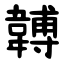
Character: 䪙